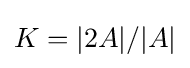
K=|2A|/|A|